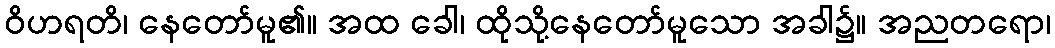
ဝိဟရတိ၊ နေတော်မူ၏။ အထ ခေါ၊ ထိုသို့နေတော်မူသော အခါ၌။ အညတရော၊